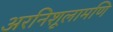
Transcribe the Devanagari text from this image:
अरनिशूलामणि